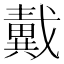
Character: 𢨚